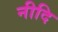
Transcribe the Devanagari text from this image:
नीदि